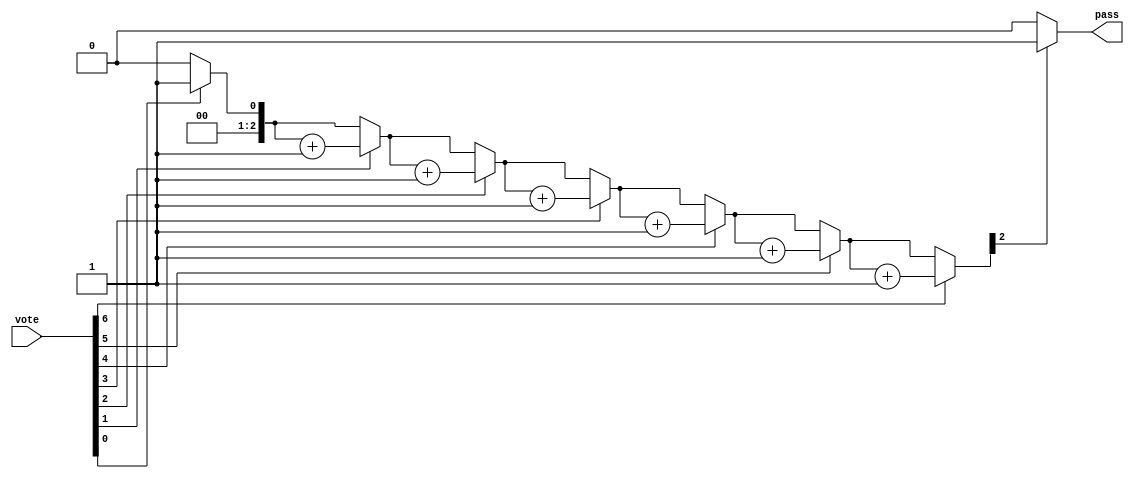

module voter7(pass,vote);
 output reg pass;
 input [6:0] vote;
 reg [2:0] sum;
 integer i;
 always @(vote)
  begin
   sum = 0;
   	 for(i=0;i<=6;i=i+1)
   	 	if(vote[i]) sum = sum+1;
   if(sum[2]) 
	pass = 1;
   else 
	pass = 0;
  end
endmodule